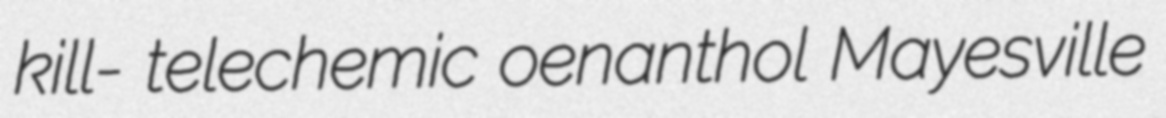
kill- telechemic oenanthol Mayesville